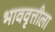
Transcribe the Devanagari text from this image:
भाववृत्तीला